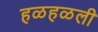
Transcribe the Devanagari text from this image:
हळहळली